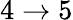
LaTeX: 4\rightarrow 5